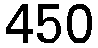
450